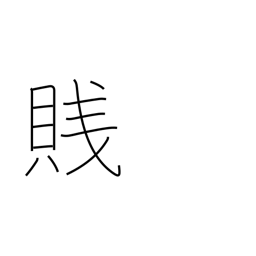
Meaning: despise